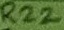
Text: R22